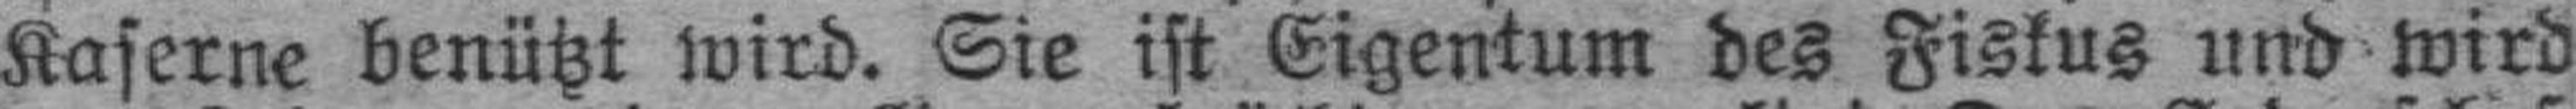
Kaserne benützt wird. Sie ist Eigentum des Fiskus und wird